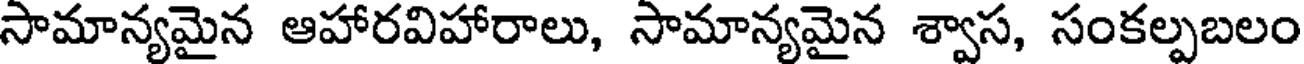
సామాన్యమైన ఆహారవిహారాలు, సామాన్యమైన శ్వాస, సంకల్పబలం